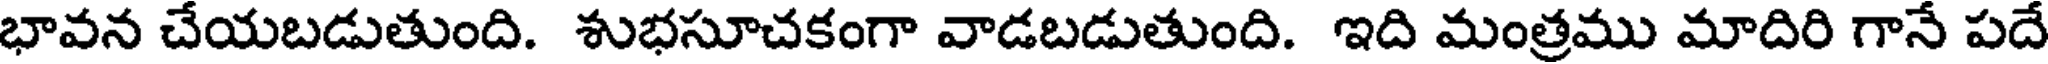
భావన చేయబడుతుంది. శుభసూచకంగా వాడబడుతుంది. ఇది మంత్రము మాదిరి గానే పదే